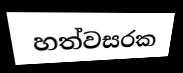
හත්වසරක